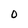
Character: O